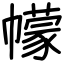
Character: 幪